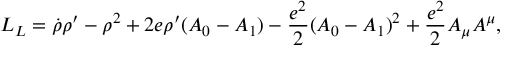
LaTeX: { \cal L } _ { L } = \dot { \rho } \rho ^ { \prime } - \rho ^ { 2 } + 2 e \rho ^ { \prime } ( A _ { 0 } - A _ { 1 } ) - { \frac { e ^ { 2 } } { 2 } } ( A _ { 0 } - A _ { 1 } ) ^ { 2 } + { \frac { e ^ { 2 } } { 2 } } A _ { \mu } A ^ { \mu } ,